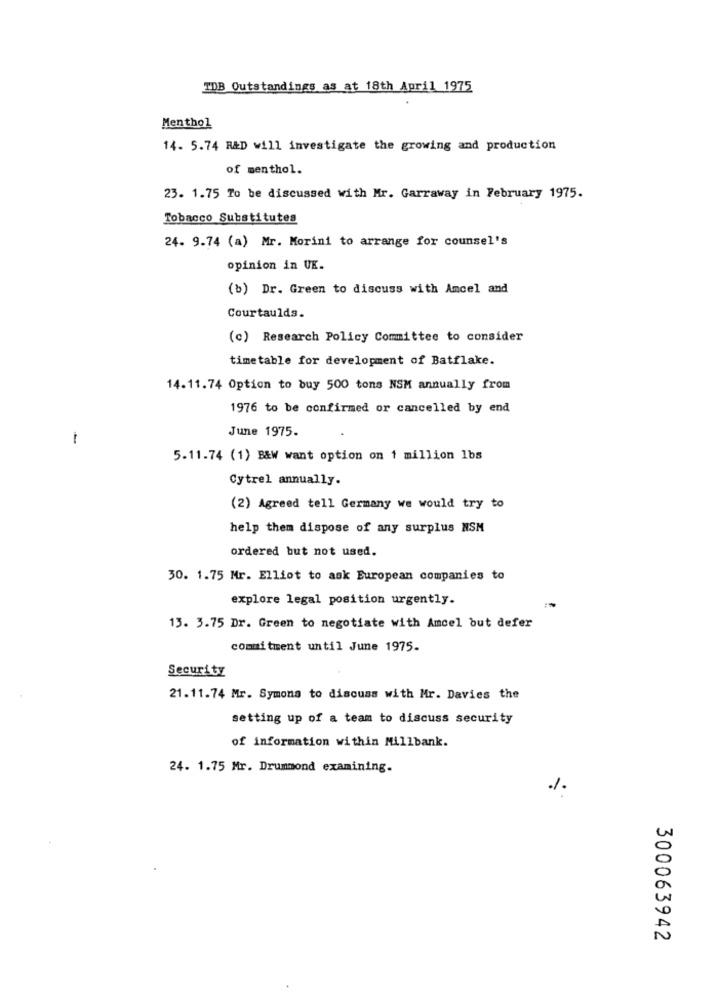
TDB Outstandings as at 18th April 1975
Menthol
14. 5.74 R&D will investigate the growing and production
of menthol.
23. 1.75 To be discussed with Mr. Garraway in February 1975.
Tobacco Substitutes
24. 9.74 (a) Mr. Morini to arrange for counsel's
opinion in UK.
(b) Dr. Green to discuss with Amcel and
Courtaulds.
(c) Research Policy Committee to consider
timetable for development of Batflake.
14.11.74 Option to buy 500 tons NSM annually from
1976 to be confirmed or cancelled by end
June 1975.
-
5.11.74 (1) B&W want option on 1 million 1bs
Cytrel annually.
(2) Agreed tell Germany we would try to
help them dispose of any surplus NSM
ordered but not used.
30. 1.75 Mr. Elliot to ask European companies to
explore legal position urgently.
13. 3.75 Dr. Green to negotiate with Amcel but defer
commitment until June 1975.
Security
21.11.74 Mr. Symona to discuss with Mr. Davies the
setting up of a team to discuss security
of information within Millbank.
24. 1.75 Mr. Drummond examining.
300063942